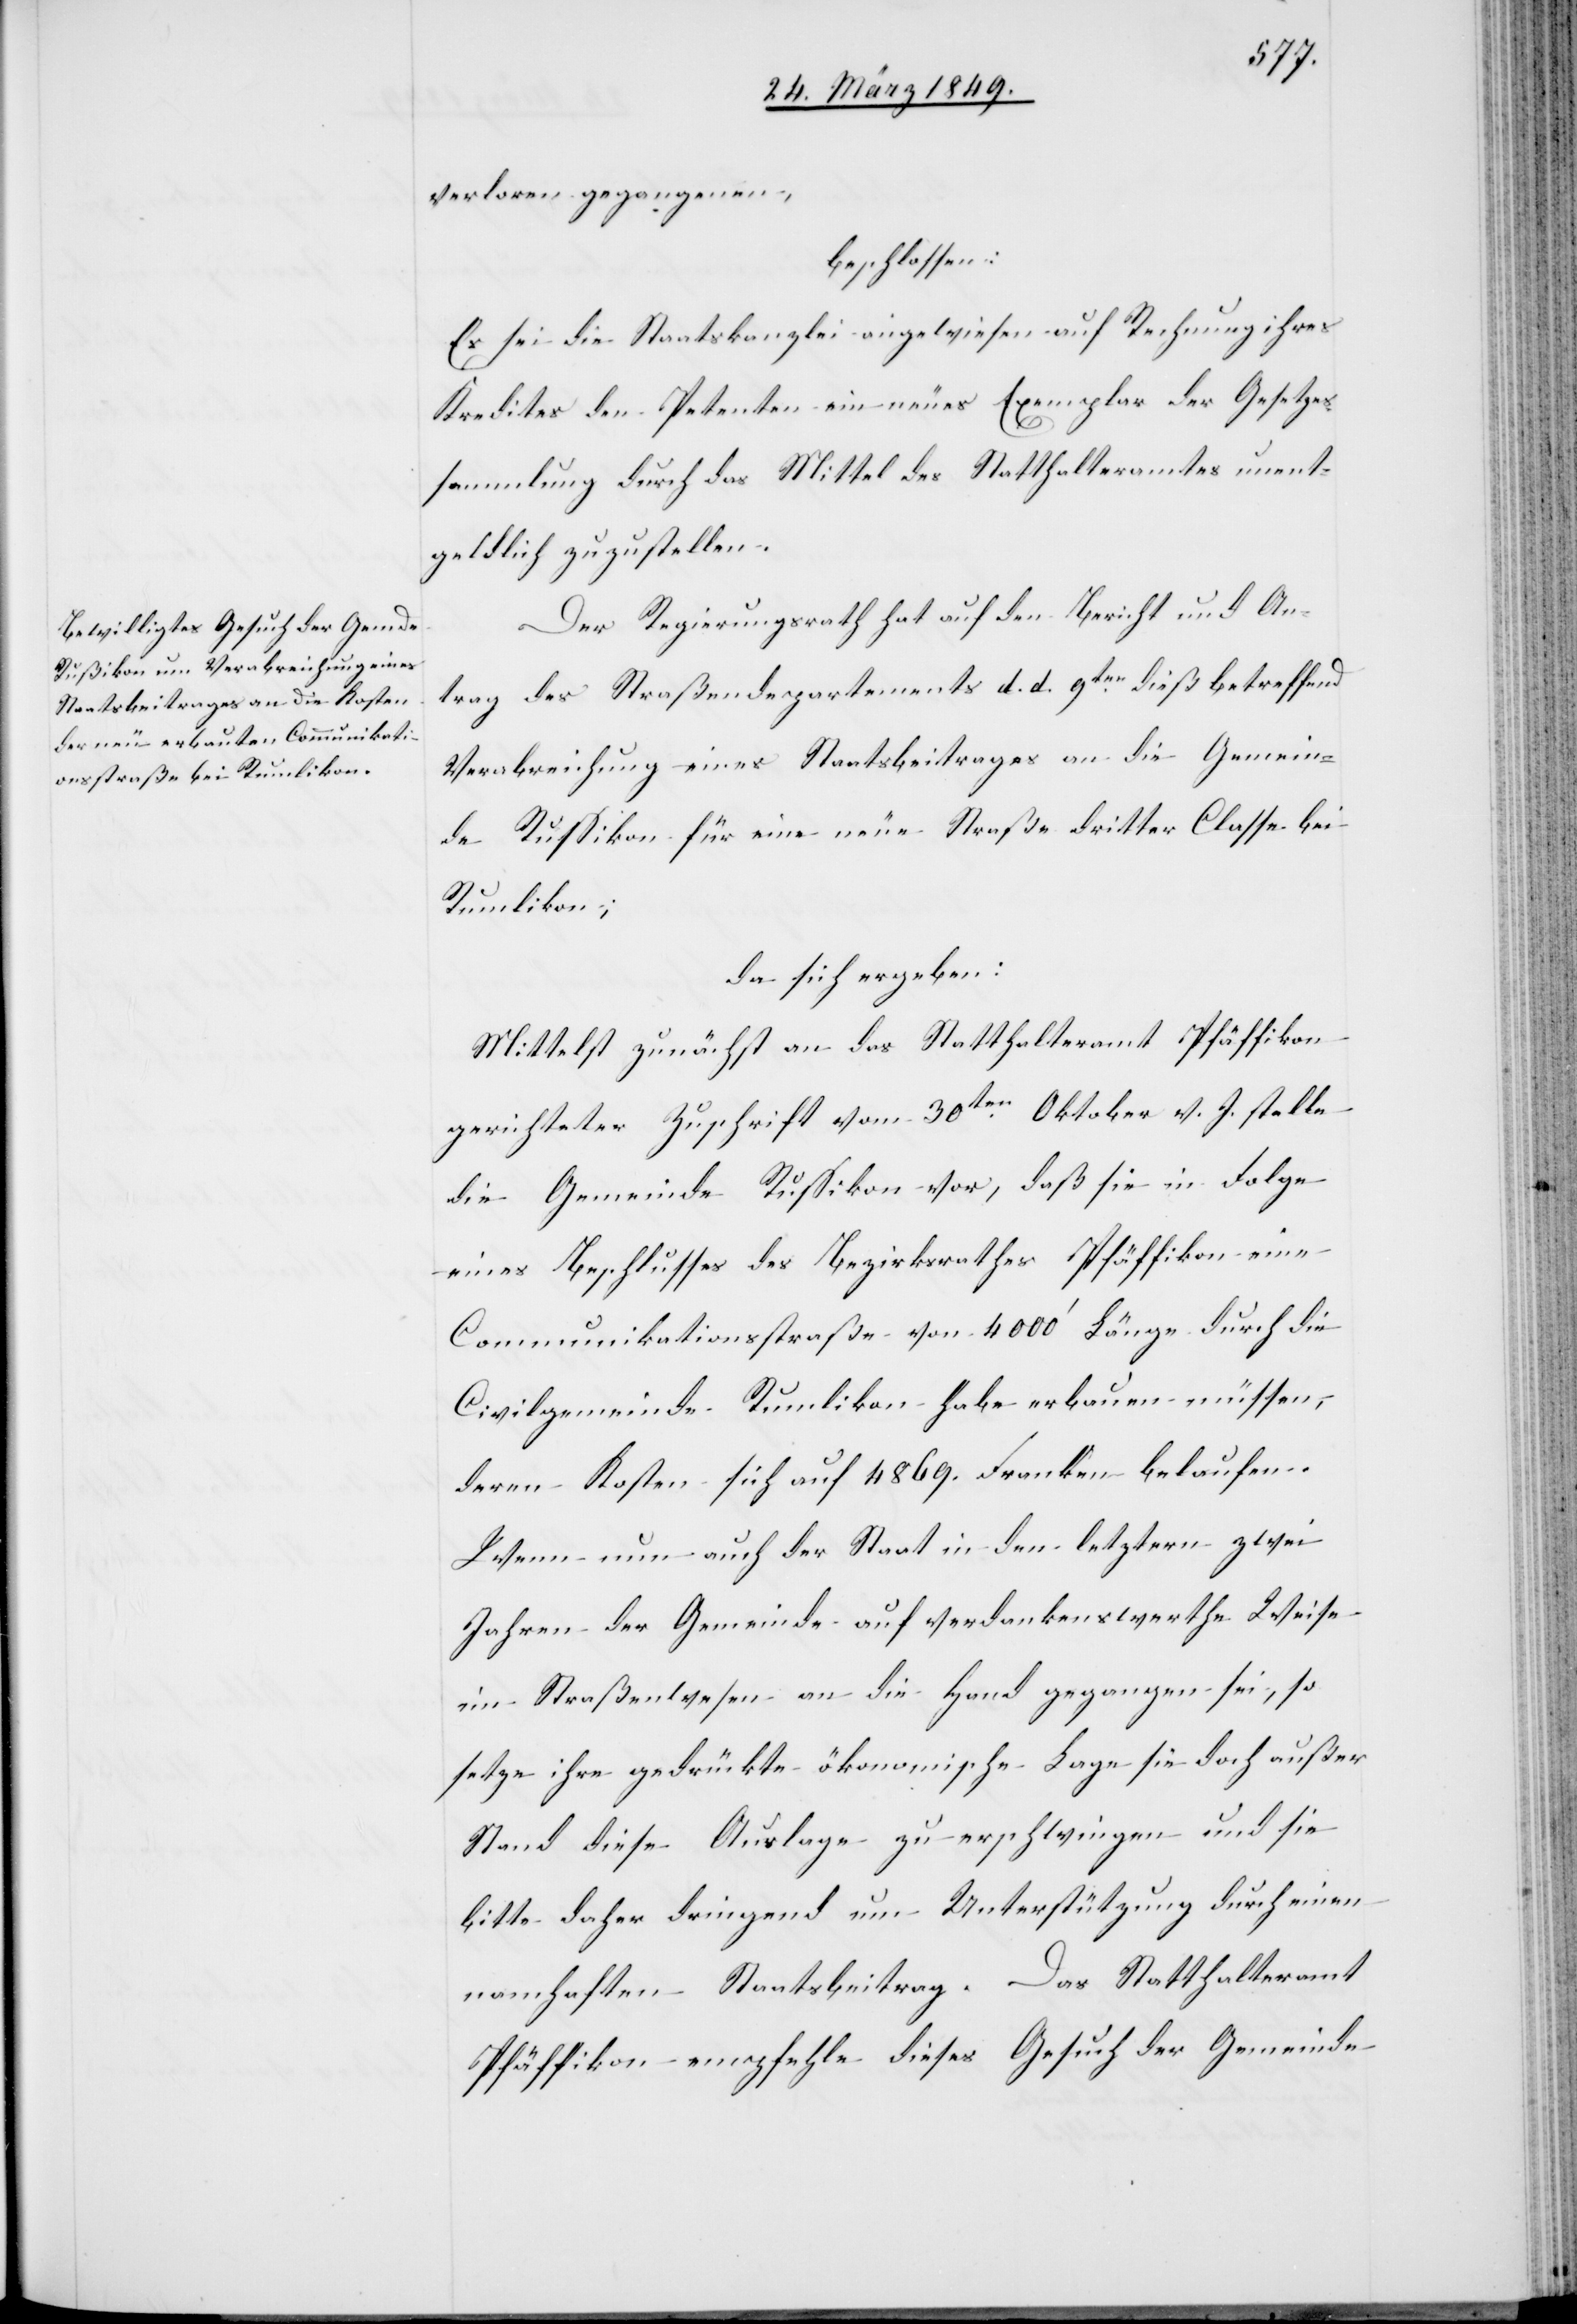
verloren gegangenen,
beschlossen:
Es sei die Staatskanzlei angewiesen auf Rechnung ihres
Kredites den Petenten ein neues Exemplar der Gesetzes¬
sammlung durch das Mittel des Statthalteramtes unent¬
geldlich zuzustellen.
Der Regierungsrath hat auf den Bericht und An¬
trag des Straßendepartements d. d. 9ten. dieß betreffend
Verabreichung eines Staatsbeitrages an die Gemein¬
de Russikon für eine neue Straße dritter Classe bei
Rumlikon;
da sich ergeben:
Mittelst zunächst an das Statthalteramt Pfäffikon
gerichteter Zuschrift vom 30ten. Oktober v. J. stelle
die Gemeinde Russikon vor, daß sie in Folge
eines Beschlusses des Bezirksrathes Pfäffikon eine
Communikationsstraße von 4000’ Länge durch die
Civilgemeinde Rumlikon habe erbauen müssen,
deren Kosten sich auf 4869. Franken belaufen.
Wenn nun auch der Staat in den letztern zwei
Jahren der Gemeinde auf verdankenswerthe Weise
im Straßenwesen an die Hand gegangen sei, so
setze ihre gedrückte ökonomische Lage sie doch außer
Stand diese Auslage zu erschwingen und sie
bitte daher dringend um Unterstützung durch einen
namhaften Staatsbeitrag. Das Statthalteramt
Pfäffikon empfehle dieses Gesuch der Gemeinde